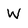
Character: W